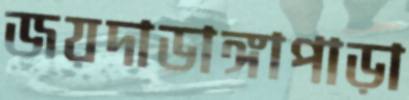
জয়দাডাঙ্গাপাড়া